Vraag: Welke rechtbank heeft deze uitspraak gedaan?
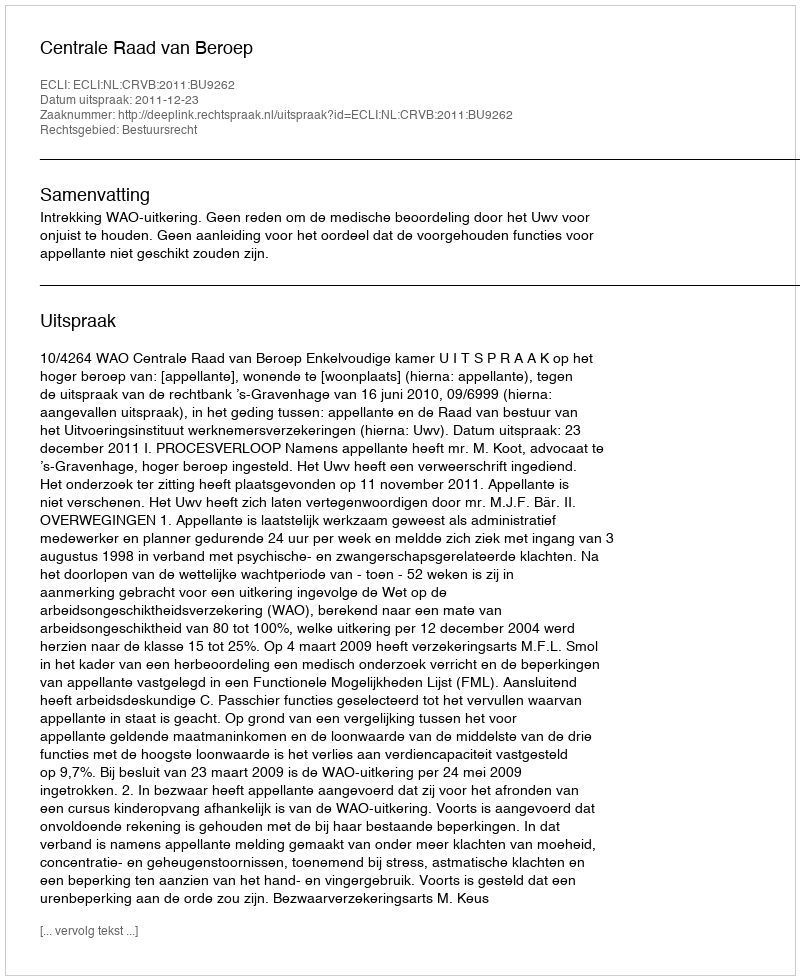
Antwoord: Centrale Raad van Beroep